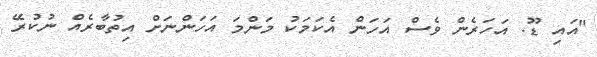
"އައި ޑޫ. އަހަރެން ވެސް އަހަން އެކަމަކު މަންމަ އަހަންނަށް އިތުބާރެއް ނުކުރޭ